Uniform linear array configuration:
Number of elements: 48
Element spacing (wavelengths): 0.25
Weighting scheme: hann
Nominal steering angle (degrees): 45
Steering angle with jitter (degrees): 46.438
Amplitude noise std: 0.05
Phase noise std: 0.05

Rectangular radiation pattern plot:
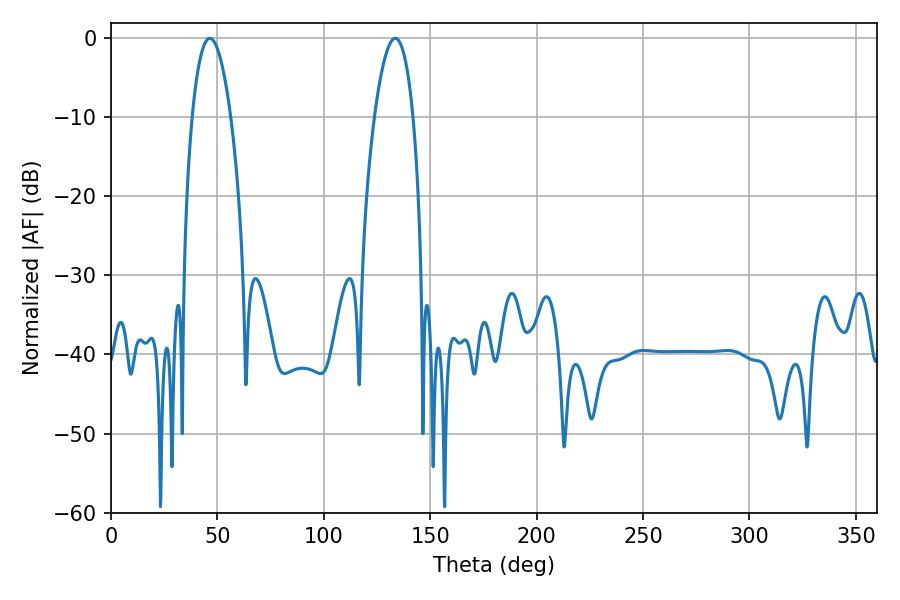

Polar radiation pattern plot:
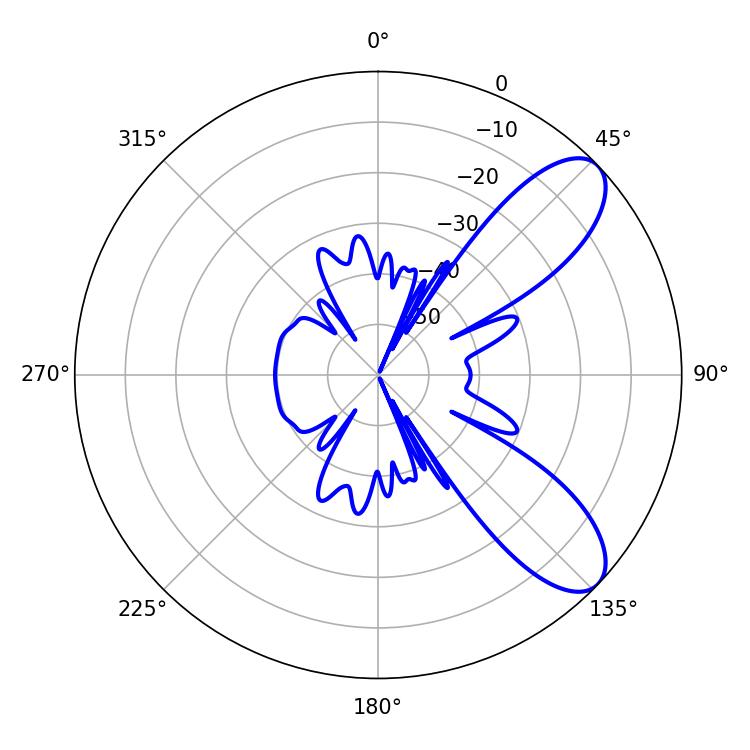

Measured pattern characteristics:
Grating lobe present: FALSE
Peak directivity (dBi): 8.643
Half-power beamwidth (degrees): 10.08
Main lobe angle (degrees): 46.44